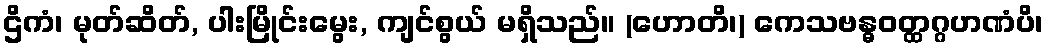
ဌိကံ၊ မုတ်ဆိတ်, ပါးမြိုင်းမွေး, ကျင်စွယ် မရှိသည်။ (ဟောတိ၊) ကေသဗန္ဓဝတ္ထဂ္ဂဟဏံပိ၊